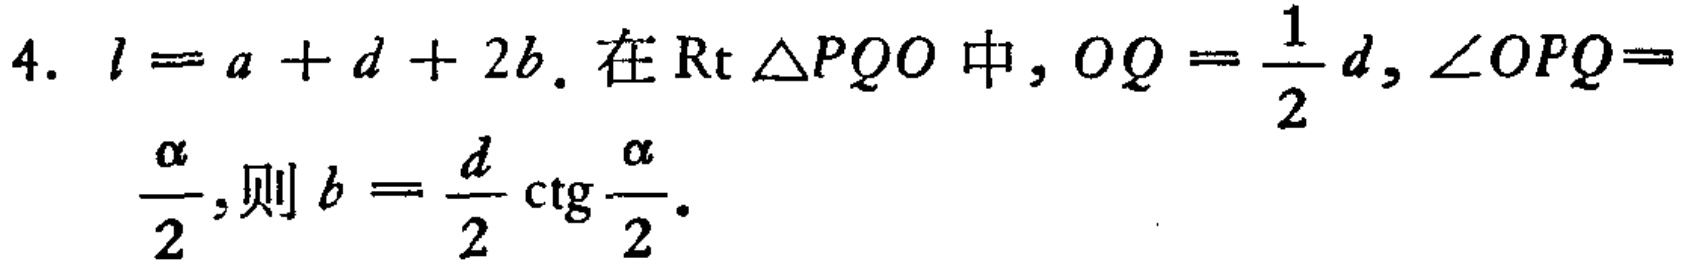
4. \(l = a + d + 2b\). 在\(\text{Rt }\triangle PQO\)中, \(OQ = \frac{1}{2}d\), \(\angle OPQ = \frac{\alpha}{2}\), 则\(b = \frac{d}{2} \text{ctg} \frac{\alpha}{2}\).